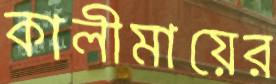
কালীমায়ের